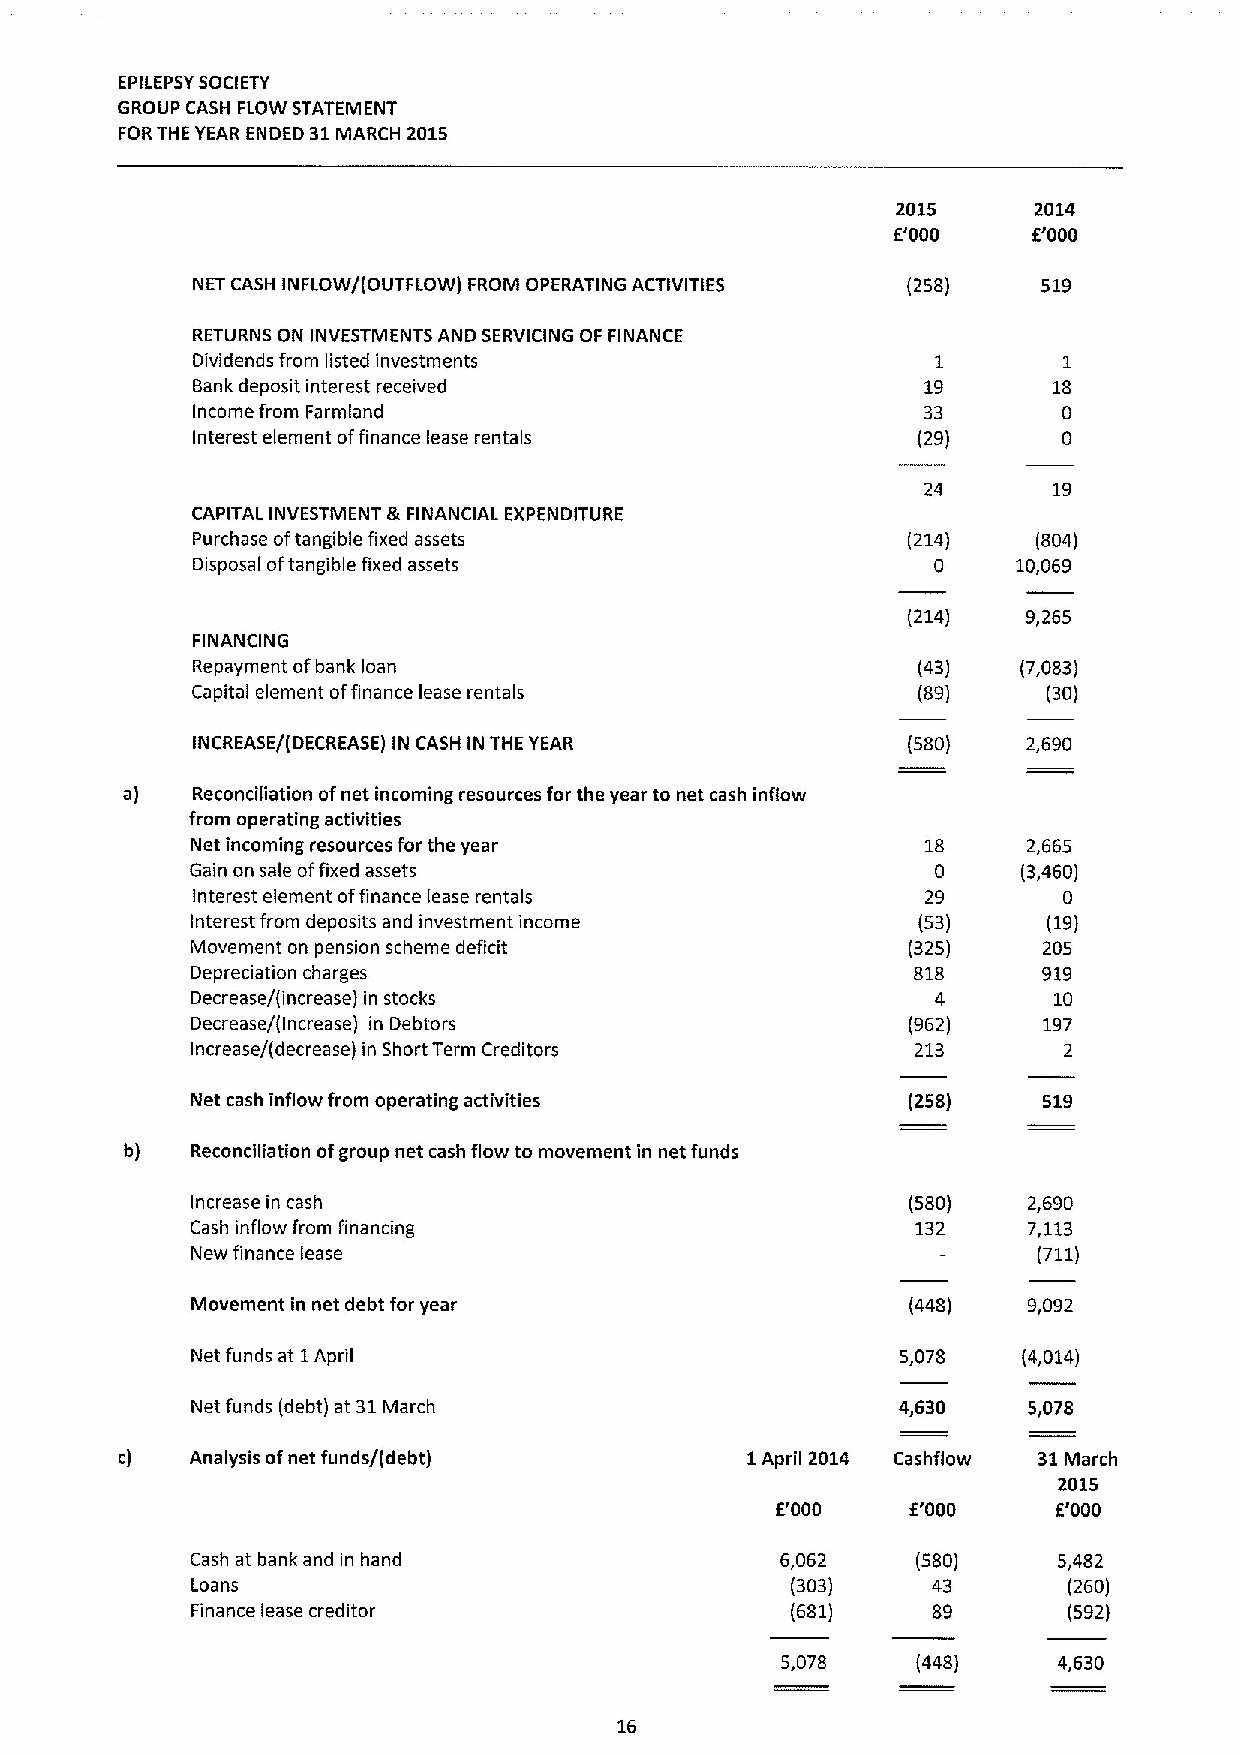
EPILEPSYSOCIETY
 GROUP CASH FLOW STATEMENT
 FORTHE YEAR ENDED 31MARCH 2015
 2015     2014
 E'000    f'000
 NET CASH INFLOW/(OUTFLOW) FROM OPERATING ACTIVITIES (258) 519
 RETURNS ON INVESTMENTS AND SERVICING OF FINANCE
 Dividends from listed investments                1       1
 Bank deposit interest received                  19       18
 Income from Farmland                            33       0
 Interest element offinance lease rentals        (29)     0
 24       19
 CAPITAL INVESTMENT &FINANCIAL EXPENDITURE
 Purchase oftangible fixed assets               (214)    (804)
 Disposal oftangible fixed assets                 0    10,069
 (214)   9,265
 FINANCING
 Repayment ofbank loan                           (43)   (7,083)
 Capital element offinance lease rentals         (89)    (30)
 INCREASE/(DECREASE) IN CASH IN THE YEAR        (580)   2,690
 a)   Reconciliation ofnet incoming resources for the year to net cash inflow
 from operating activities
 Net incoming resources for the year             18     2,665
 Gain on sale offixed assets                      0     (3,460)
 Interest element offinance lease rentals        29       0
 Interest from deposits and investment income    (53)    (19)
 Movement on pension scheme deficit             (325)    205
 Depreciation charges                           818      919
 Decrease/(increase) in stocks                    4       10
 Decrease/(Increase) in Debtors                 (962)    197
 Increase/(decrease) in Short Term Creditors     213      2
 Net cash inflow from operating activities      (258)    519
 b)   Reconciliation ofgroup net cash flow to movement in net funds
 Increase in cash                               (580)   2,690
 Cash inflow from financing                      132    7,113
 New finance lease                                       (711)
 Movement in net debt for year                  (448)   9,092
 Net funds at 1April                            5,078   (4,014)
 Net funds (debt) at 31March                   4,630    5,078
 c)   Analysis ofnet funds/(debt)         1April 2014 Cashflow 31March
 2015
 E'000    E'000     E'000
 Cash at bank and in hand               6,062    (580)    5,482
 Loans                                  (303)     43       (260)
 Finance lease creditor                 (681)     89       (592)
 5,078    (448)    4,630
 16